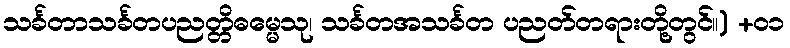
သင်္ခတာသင်္ခတပညတ္တိဓမ္မေသု၊ သင်္ခတအသင်္ခတ ပညတ်တရားတို့တွင်။) +၀၁